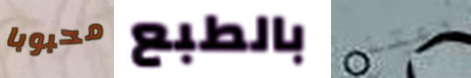
محبوبا بالطبع دعتني